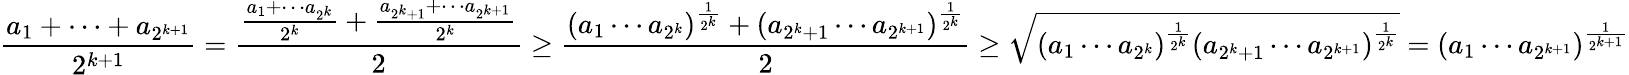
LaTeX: \frac{a_{1}+\cdots+a_{2^{k+1}}}{2^{k+1}}=\frac{\frac{a_{1}+\cdots a_{2^{k}}}{2^{k}}+\frac{a_{2^{k}+1}+\cdots a_{2^{k+1}}}{2^{k}}}{2}\geq\frac{(a_{1}\cdots a_{2^{k}})^{\frac{1}{2^{k}}}+(a_{2^{k}+1}\cdots a_{2^{k+1}})^{\frac{1}{2^{k}}}}{2}\geq\sqrt{(a_{1}\cdots a_{2^{k}})^{\frac{1}{2^{k}}}(a_{2^{k}+1}\cdots a_{2^{k+1}})^{\frac{1}{2^{k}}}}=(a_{1}\cdots a_{2^{k+1}})^{\frac{1}{2^{k+1}}}